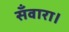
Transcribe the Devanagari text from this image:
सँवारा।